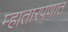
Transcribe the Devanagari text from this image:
म्हातारपणात